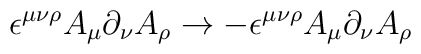
\epsilon^{\mu\nu\rho}A_\mu \partial_\nu A_\rho\to - \epsilon^{\mu\nu\rho}A_\mu\partial_\nu A_\rho